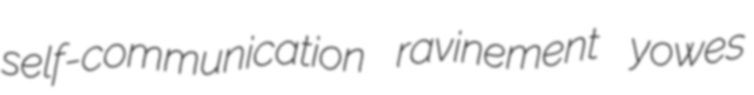
self-communication ravinement yowes